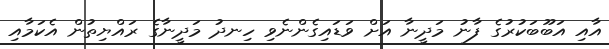
އާއި އަބޫބަކުރުގެ ފާނު މަދީނާ އަށް ވަޑައިގެންނެވި ހިނދު މަދީނާގެ ރައްޔިތުން އެކަމާއި